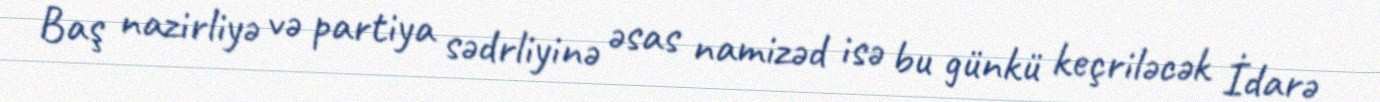
Baş nazirliyə və partiya sədrliyinə əsas namizəd isə bu günkü keçriləcək İdarə